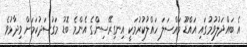
އެ ބައްދަލުވުމުގައި އައްޑޫ މައްސަލަ ހައްލުކުރުމަކީ އިނގިރޭސިންގެ އެންމެ ބޮޑު މަގުސަދުކަމަށް ވިދާޅުވެ